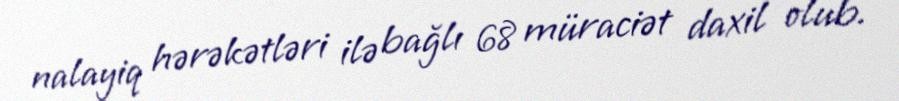
nalayiq hərəkətləri ilə bağlı 68 müraciət daxil olub.